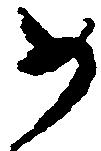
如